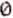
0